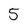
Character: 5